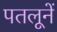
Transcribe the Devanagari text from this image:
पतलूनें